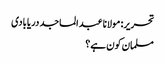
تحریر: مولانا عبد الماجد دریابادی
مسلمان کون ہے؟